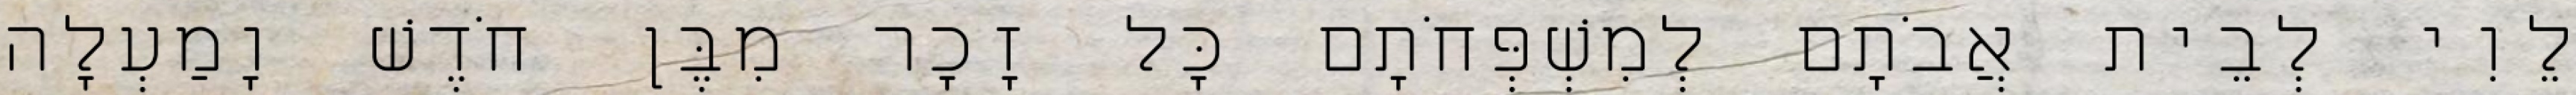
לֵוִי לְבֵית אֲבֹתָם לְמִשְׁפְּחֹתָם כָּל זָכָר מִבֶּן חֹדֶשׁ וָמַעְלָה